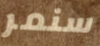
سنمر